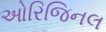
ઓરિજિનલ